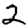
Digit: 2